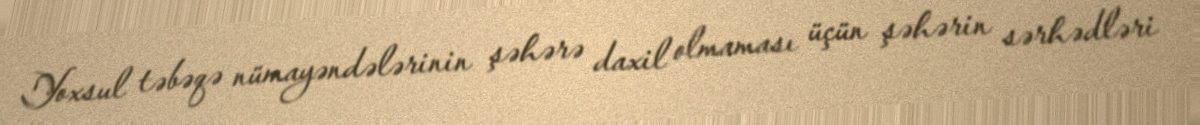
Yoxsul təbəqə nümayəndələrinin şəhərə daxil olmaması üçün şəhərin sərhədləri